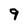
Character: 9